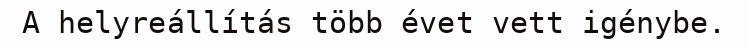
A helyreállítás több évet vett igénybe.